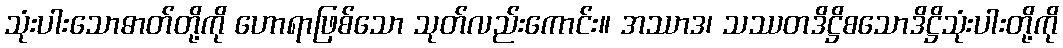
သုံးပါးသောဓာတ်တို့ကို ဟောရာဖြစ်သော သုတ်လည်းကောင်း။ အဿာဒ၊ သဿတဒိဋ္ဌိစသောဒိဋ္ဌိသုံးပါးတို့ကို